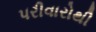
પરીવારોથી